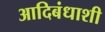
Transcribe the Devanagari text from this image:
आदिबंधाशी